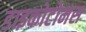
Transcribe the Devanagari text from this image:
डाइकोटोमस